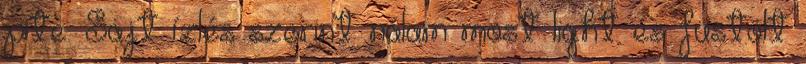
pite. Sajt ízlés szerint nálam most light és füstölt